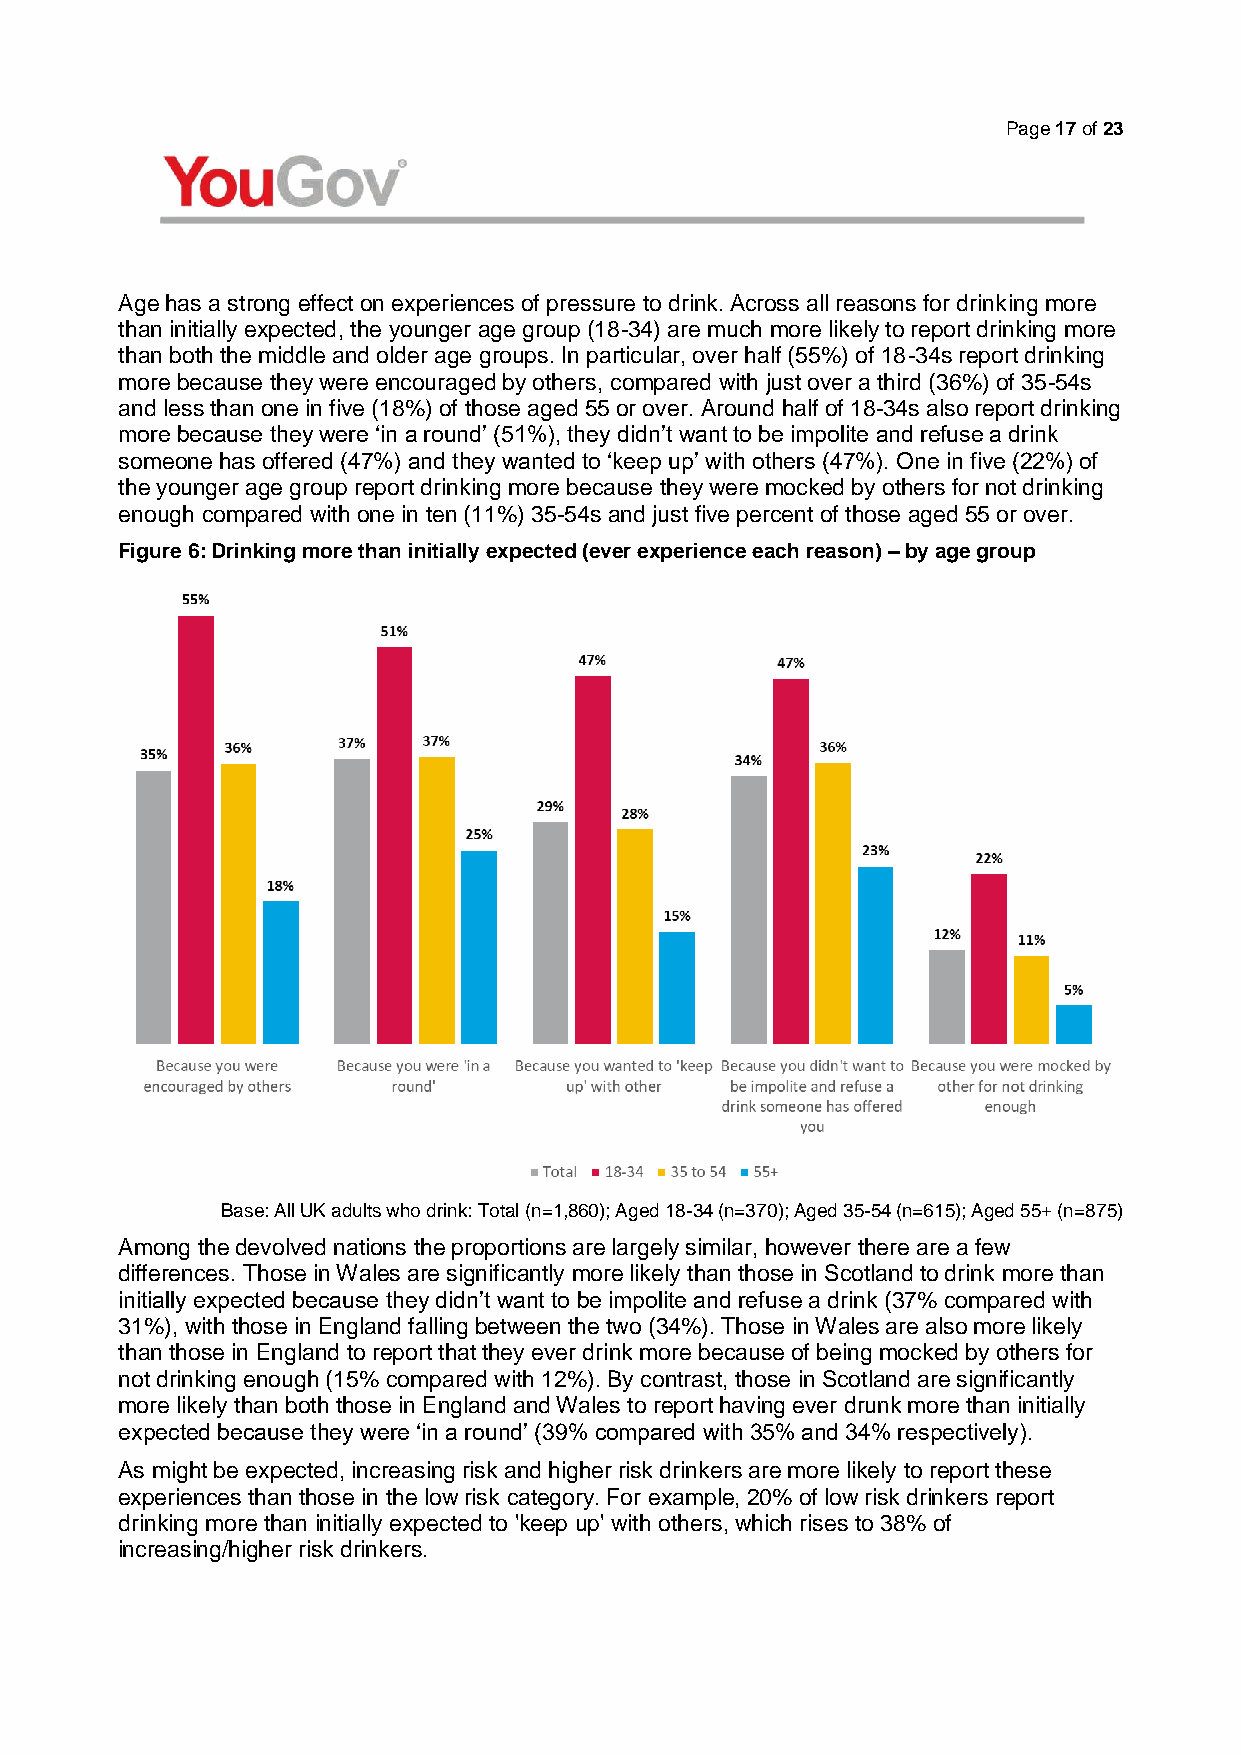
Page 17 of 23
 Age has a strong effect on experiences of pressure to drink. Across all reasons for drinking more
 than initially expected, the younger age group (18-34) are much more likely to report drinking more
 than both the middle and older age groups. In particular, over half (55%) of 18-34s report drinking
 more because they were encouraged by others, compared with just over a third (36%) of 35-54s
 and less than one in five (18%) of those aged 55 or over. Around half of 18-34s also report drinking
 more because they were ‘in a round’ (51%), they didn’t want to be impolite and refuse a drink
 someone has offered (47%) and they wanted to ‘keep up’ with others (47%). One in five (22%) of
 the younger age group report drinking more because they were mocked by others for not drinking
 enough compared with one in ten (11%) 35-54s and just five percent of those aged 55 or over.
 Figure 6: Drinking more than initially expected (ever experience each reason) – by age group
 Base: All UK adults who drink: Total (n=1,860); Aged 18-34 (n=370); Aged 35-54 (n=615); Aged 55+ (n=875)
 Among the devolved nations the proportions are largely similar, however there are a few
 differences. Those in Wales are significantly more likely than those in Scotland to drink more than
 initially expected because they didn’t want to be impolite and refuse a drink (37% compared with
 31%), with those in England falling between the two (34%). Those in Wales are also more likely
 than those in England to report that they ever drink more because of being mocked by others for
 not drinking enough (15% compared with 12%). By contrast, those in Scotland are significantly
 more likely than both those in England and Wales to report having ever drunk more than initially
 expected because they were ‘in a round’ (39% compared with 35% and 34% respectively).
 As might be expected, increasing risk and higher risk drinkers are more likely to report these
 experiences than those in the low risk category. For example, 20% of low risk drinkers report
 drinking more than initially expected to 'keep up' with others, which rises to 38% of
 increasing/higher risk drinkers.